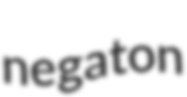
negaton